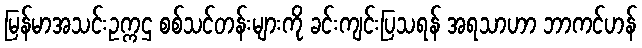
မြန်မာအသင်းဥက္ကဌ စစ်သင်တန်းများကို ခင်းကျင်းပြသရန် အရသာဟာ ဘာကင်ဟန်